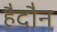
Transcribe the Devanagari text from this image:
हैदौन